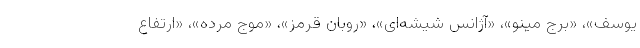
یوسف»، «برج مینو»، «آژانس شیشه‌ای»، «روبان قرمز»، «موج مرده»، «ارتفاع